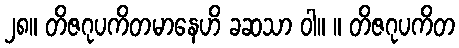
၂၈။ တိဇဂုပကိတမာနေဟိ ခဆသာ ဝါ။ ။ တိဇဂုပကိတ